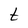
Character: t